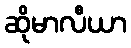
ဆိုမာလီယာ